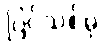
ပြင်သစ်မှ